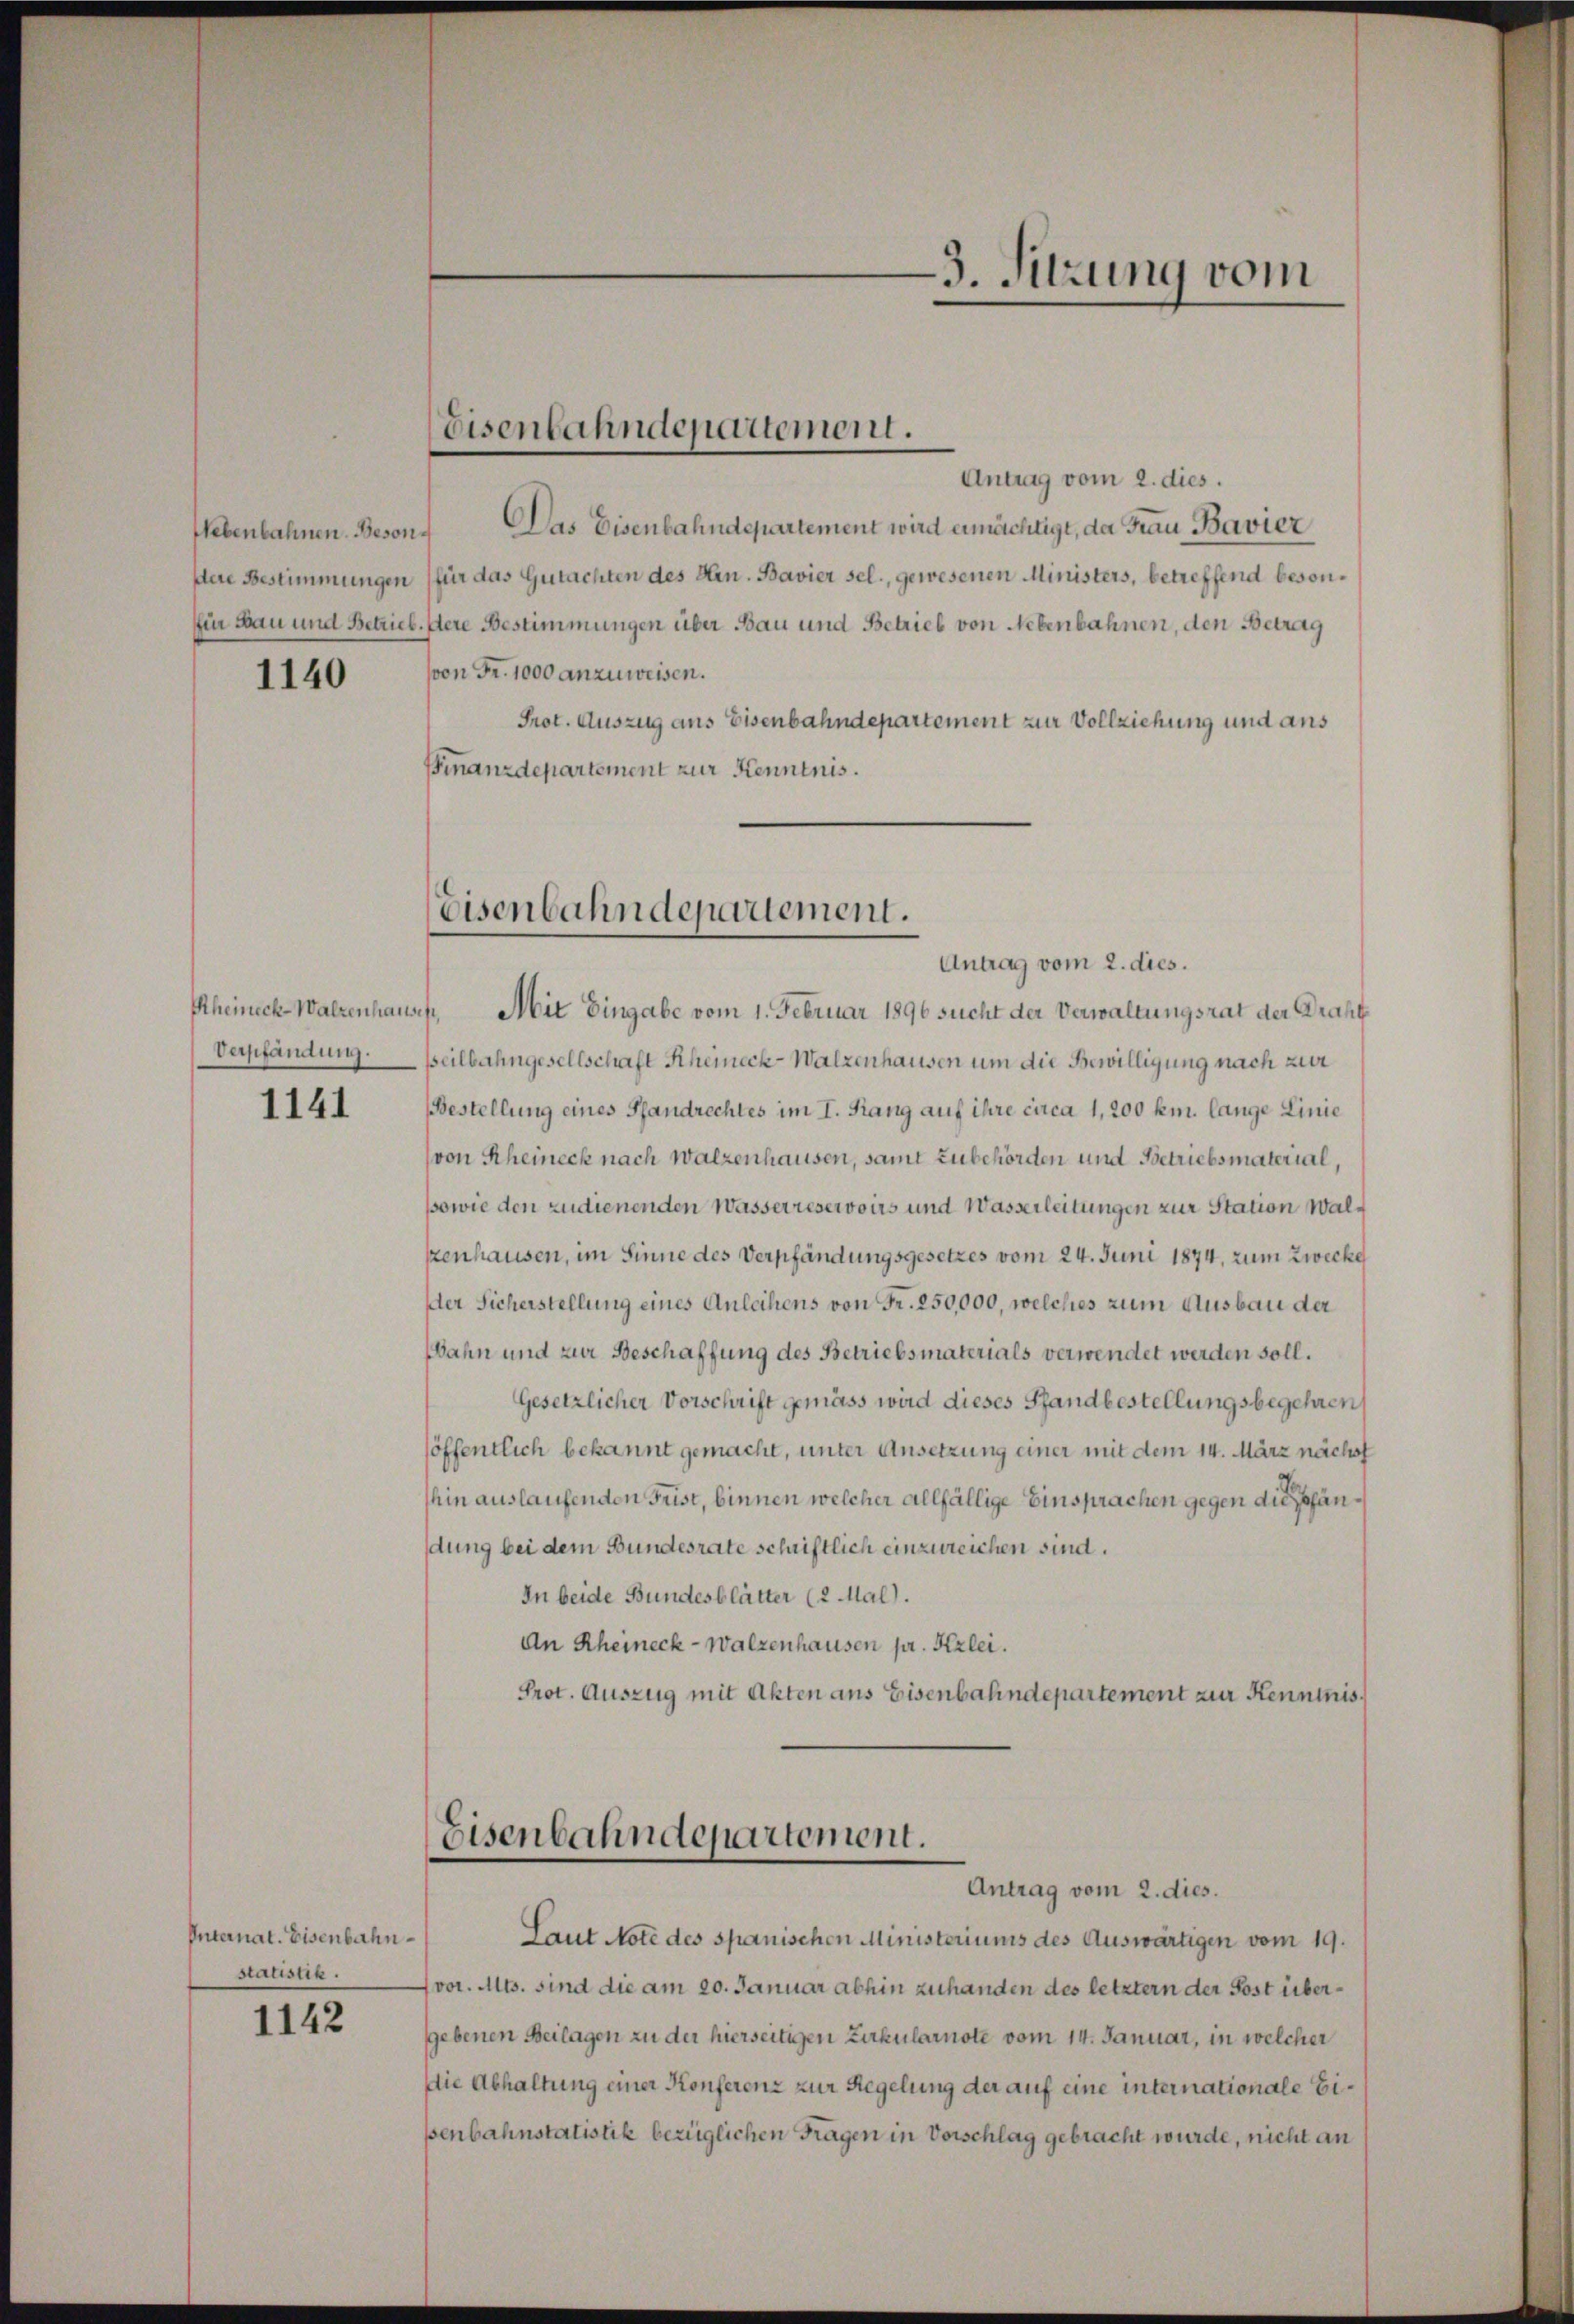
Nebenbahnen. Besondere Bestimmungen

1140

Rheineck-Walzenhauses,
Verpfändung.

1141

Internat. Eisenbahnstatistik.

1142

Eisenbahndepartement.

Antrag vom 2. dies.
Das Eisenbahndepartement wird ermächtigt, da Frau Bavier
für das Gutachten des Hrn. Bavier sel., gewesenen Ministers, betreffend beson¬
Ein Bau und Betriebstere Bestimmungen über Bau und Betrieb von Nebenbahnen, den Betrag
von Fr. 1000 anzuweisen.
Prot. Auszug aus Eisenbahndepartement zur Vollziehung und aus
Finanzdepartement zur Kenntnis.

Eisenbahndepartement.

Antrag vom 2. dies.
Mit Eingabe vom 1. Februar 1896 sucht der Verwaltungsrat der Draht
Beilbahngesellschaft Scheineck-Walzenhausen um die Bewilligung nach zur
BBestellung eines Pfandrechtes im I. Rang auf ihre circa 1,200 km. lange Linie
von Scheineck nach Walzenhausen, samt zubehörden und Betriebsmaterial,
ssowie den zudienenden Wasserreservoirs und Wasserleitungen zur Station Walkenhausen, im Sinne des Verpfändungsgesetzes vom 24. Juni 1874, zum Zwecke
Der Sicherstellung eines Anleihens von Fr. 250,000, welches zum Ausbau der
Wahn und zur Beschaffung des Betriebsmaterials verwendet werden soll.
Gesetzlicher Vorschrift gemäss wird dieses Pfandbestellungsbegehren
löffentlich bekannt gemacht, unter Ansetzung einer mit dem 14. März nächst
hin auslaufenden Frist, binnen welcher allfällige Einsprachen gegen die andung bei dem Bundesrate schriftlich einzureichen sind.
In beide Bundesblätter (2 Mal).
An Rheineck-Walzenhausen pr. Kzlei.
Prot. Auszug mit Akten ans Eisenbahndepartement zur Kenntnis

Eisenbahndepartement.
Antrag vom 2. dies.

.
3. Sitzung vom

Laut Note des spanischen Ministeriums des Auswärtigen vom 19.
vor. Mts. sind die am 20. Januar abhin zuhanden des letztern der Post übergebenen Beilagen zu der hierseitigen Zirkularnote vom 14. Januar, in welcher
Die Abhaltung einer Konferenz zur Regelung der auf eine internationale Bißenbahnstatistik bezüglichen Fragen in Vorschlag gebracht wurde, nicht an